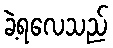
ခဲ့ရလေသည်